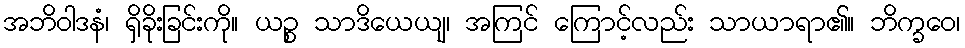
အဘိဝါဒနံ၊ ရှိခိုးခြင်းကို။ ယဉ္စ သာဒိယေယျ၊ အကြင် ကြောင့်လည်း သာယာရာ၏။ ဘိက္ခဝေ၊